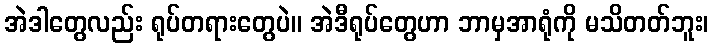
အဲဒါတွေလည်း ရုပ်တရားတွေပဲ။ အဲဒီရုပ်တွေဟာ ဘာမှအာရုံကို မသိတတ်ဘူး၊